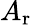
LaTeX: A_{\mathrm{r}}